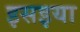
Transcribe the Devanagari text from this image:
इसइया